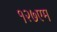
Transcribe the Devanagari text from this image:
१२७एम